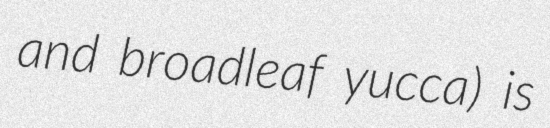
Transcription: and broadleaf yucca) is